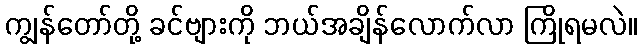
ကျွန်တော်တို့ ခင်ဗျားကို ဘယ်အချိန်လောက်လာ ကြိုရမလဲ။